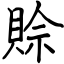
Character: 賒